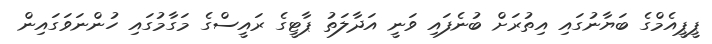
ޕީޕީއެމްގެ ބަޔާނުގައި އިތުރަށް ބުނެފައި ވަނީ އަދާލަތު ޕާޓީގެ ރައީސްގެ މަގާމުގައި ހުންނަވަގައިން